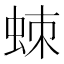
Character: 𧊸